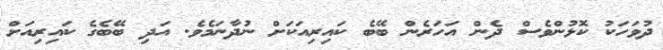
ދުވަހަކު ކޮޅުންވެސް ދެން އަހަރެން ބޭބެ ކައިރިއަކަށް ނުދާނަމެވެ. އަދި ބޭބެގެ ކައިރިއަށް